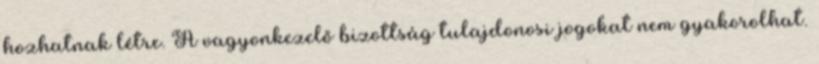
hozhatnak létre. A vagyonkezelő bizottság tulajdonosi jogokat nem gyakorolhat.